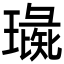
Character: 璏